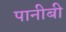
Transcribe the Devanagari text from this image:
पानीबी